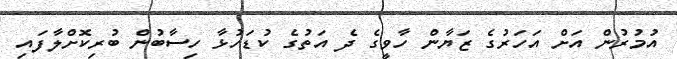
އުމުރުން އަށް އަހަރުގެ ޒަޔާން ހާވީގެ ދެ އަތުގެ ކުޑަހުޅާ ހިސާބުން ބުރިކޮށްލާފައި